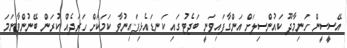
އޭސީސީން ހަނިމާދޫ ކައުންސިލަށް އަންގާފައިވަނީ ބަޖެޓުގައި ކަނޑައެޅިފައިނުވާ ކަމަކަށް ހަރަދެއް ކުރަން ބޭނުންވާނަމަ